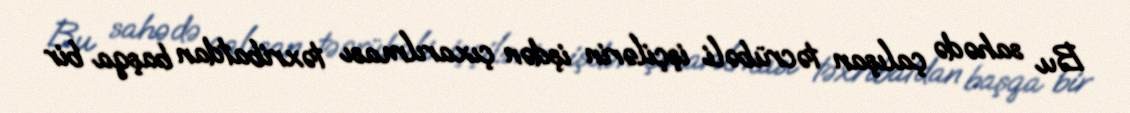
Bu sahədə çalışan təcrübəli işçilərin işdən çıxarılması təxribatdan başqa bir